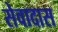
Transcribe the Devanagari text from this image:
सेवादास